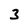
Character: 3